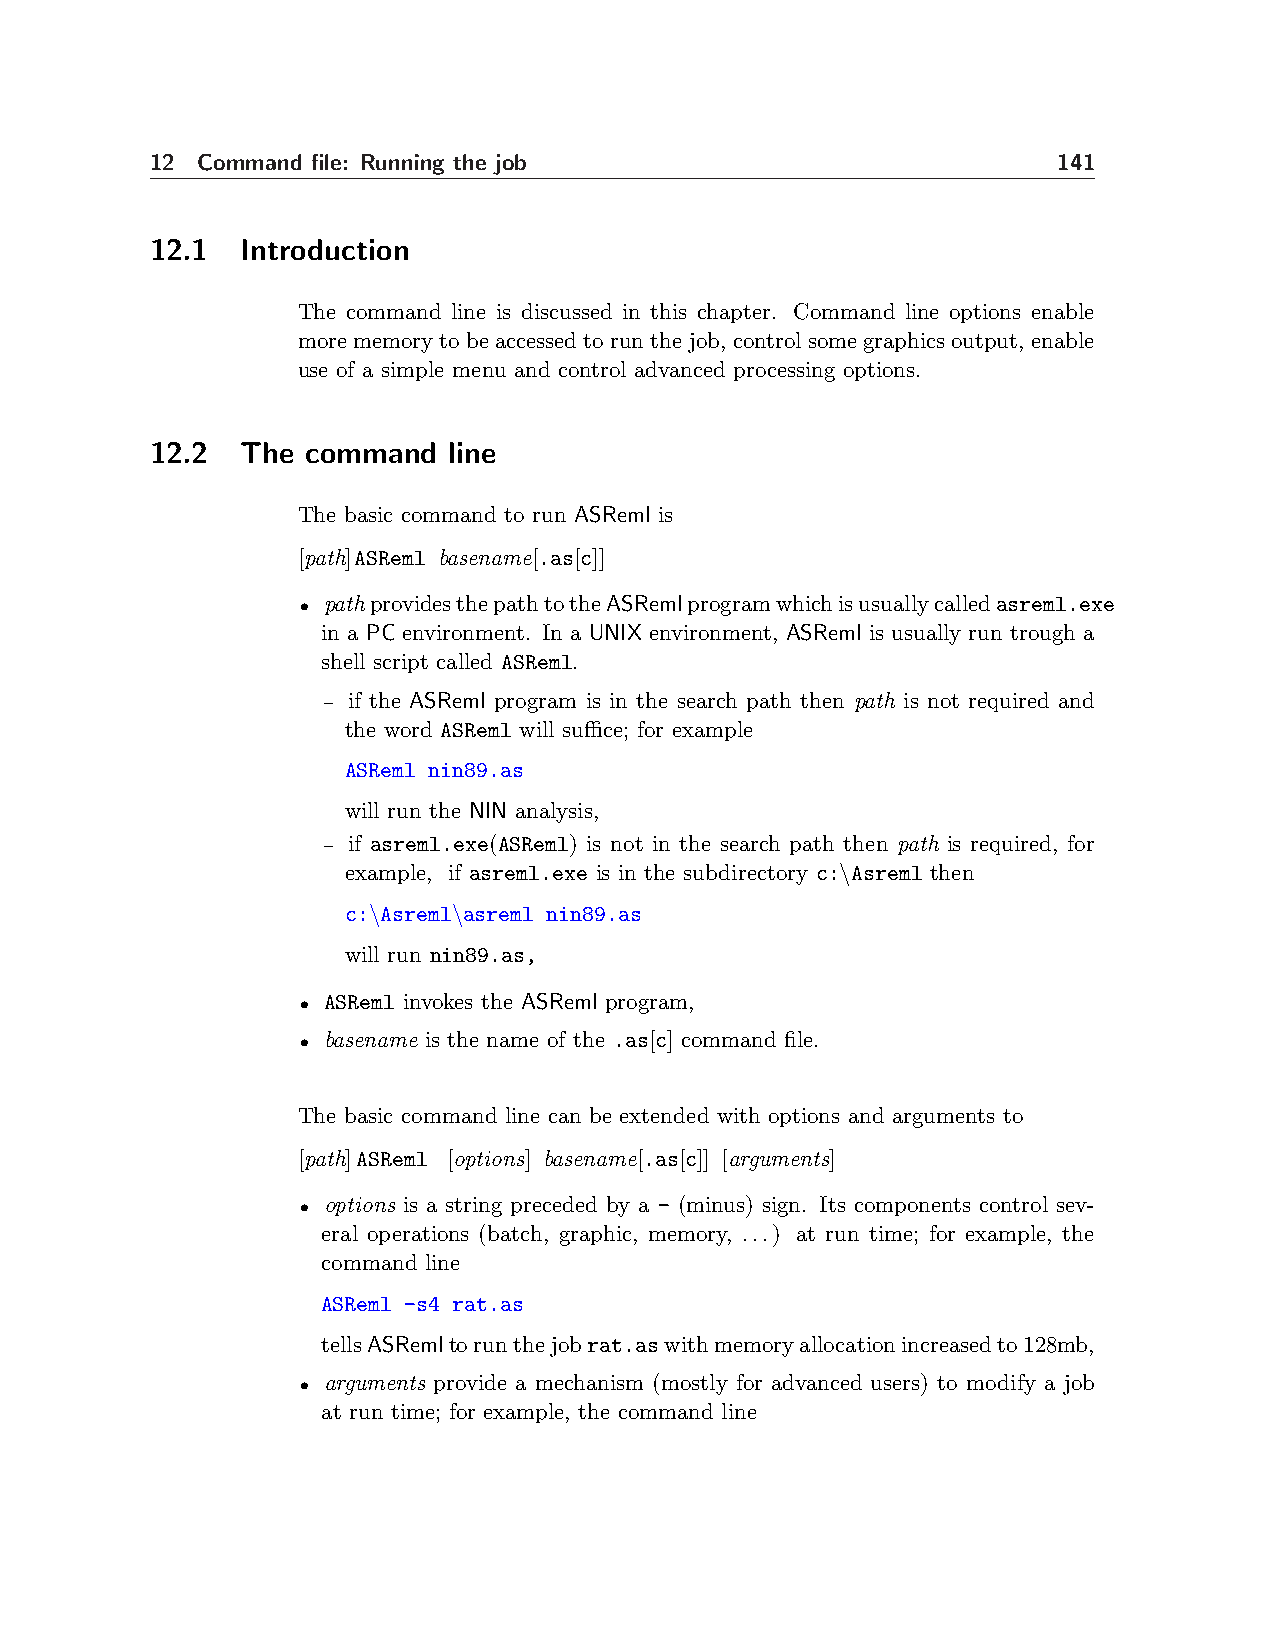
12 Command file: Running the job                            141
 12.1  Introduction
 The command line is discussed in this chapter. Command line options enable
 morememory to be accessed to run the job, controlsome graphics output, enable
 use of a simple menu and control advanced processing options.
 12.2  The command   line
 The basic command to run ASReml is
 [path]ASReml basename[.as[c]]
 • pathprovidesthepathtotheASRemlprogramwhichisusuallycalledasreml.exe
 in a PC environment. In a UNIX environment, ASReml is usually run trough a
 shell script called ASReml.
 – if the ASReml program is in the search path then path is not required and
 the word ASReml will suffice; for example
 ASReml nin89.as
 will run the NIN analysis,
 – if asreml.exe(ASReml) is not in the search path then path is required, for
 example, if asreml.exe is in the subdirectory c:\Asreml then
 c:\Asreml\asreml nin89.as
 will run nin89.as,
 • ASReml invokes the ASReml program,
 • basename is the name of the .as[c] command file.
 The basic command line can be extended with options and arguments to
 [path]ASReml [options] basename[.as[c]] [arguments]
 • options is a string preceded by a - (minus) sign. Its components control sev-
 eral operations (batch, graphic, memory, ...) at run time; for example, the
 command line
 ASReml -s4 rat.as
 tellsASRemltorunthejobrat.aswithmemoryallocationincreasedto128mb,
 • arguments provide a mechanism (mostly for advanced users) to modify a job
 at run time; for example, the command line